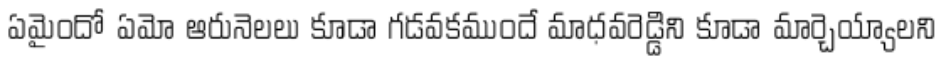
ఏమైందో ఏమో ఆరునెలలు కూడా గడవకముందే మాధవరెడ్డిని కూడా మార్చెయ్యాలని